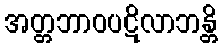
အတ္တဘာဝပဋိလာဘန္တိ